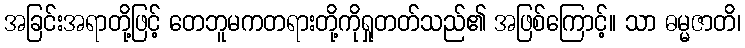
အခြင်းအရာတို့ဖြင့် တေဘူမကတရားတို့ကိုရှုတတ်သည်၏ အဖြစ်ကြောင့်။ သာ ဓမ္မဇာတိ၊